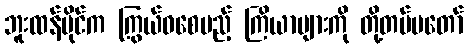
ဘူးထန်ပိုင်က ကြွယ်ဝစေမည့် ကြိယာများကို တို့တပ်မတော်